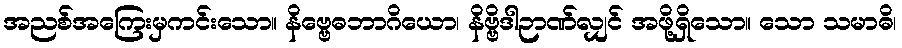
အညစ်အကြေးမှကင်းသော။ နိဗ္ဗေဓဘာဂိယော၊ နိဗ္ဗိဒါဉာဏ်လျှင် အဖို့ရှိသော။ သော သမာဓိ၊